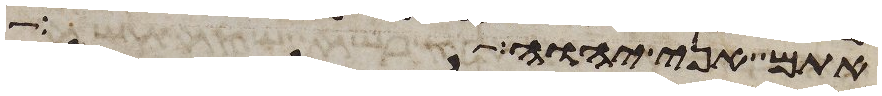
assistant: אתם אני יהוה